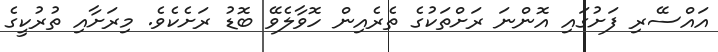
އައްސޭރި ފަށުގައި އޮންނަ ރަށްތަކުގެ ތެރެއިން ހޮވާލެވޭ ބޮޑު ރަށެކެވެ. މިރަށާއި ތުރުކީގެ